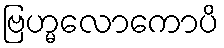
ဗြဟ္မလောကောပိ